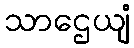
သာဌေယျံ